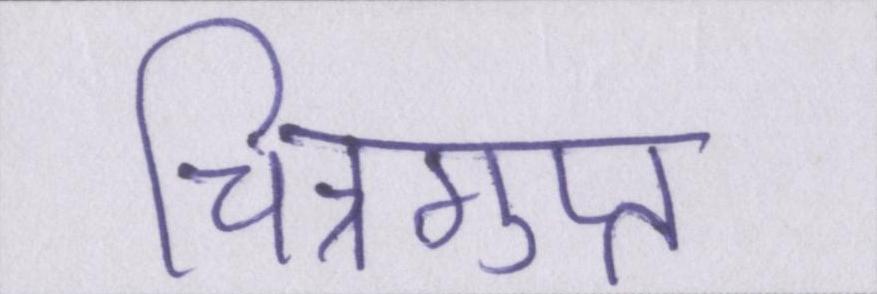
चित्रगुप्त